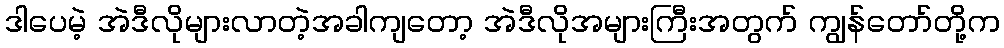
ဒါပေမဲ့ အဲဒီလိုများလာတဲ့အခါကျတော့ အဲဒီလိုအများကြီးအတွက် ကျွန်တော်တို့က